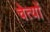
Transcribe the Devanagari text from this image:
चेत्यों